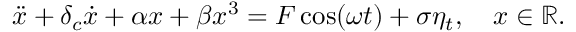
\ddot { x } + \delta _ { c } \dot { x } + \alpha { x } + \beta x ^ { 3 } = F \cos ( \omega t ) + \sigma \eta _ { t } , \quad x \in \mathbb { R } .